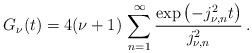
LaTeX: \begin{align*}G_\nu (t) = 4 (\nu + 1) \, \sum _{n=1} ^\infty \frac{\exp \left( - j_{\nu, n} ^2 t \right)}{j_{\nu, n} ^2} \, .\end{align*}